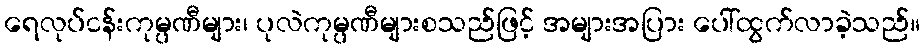
ရေလုပ်ငန်းကုမ္ပဏီများ၊ ပုလဲကုမ္ပဏီများစသည်ဖြင့် အများအပြား ပေါ်ထွက်လာခဲ့သည်။